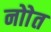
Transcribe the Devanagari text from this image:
नोाेत